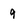
Character: 9